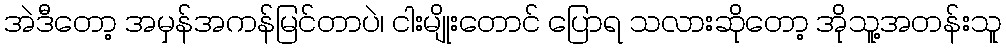
အဲဒီတော့ အမှန်အကန်မြင်တာပဲ၊ ငါးမျိုးတောင် ပြောရ သလားဆိုတော့ အိုသူ့အတန်းသူ